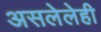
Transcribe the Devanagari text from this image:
असलेलेही